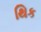
થિક